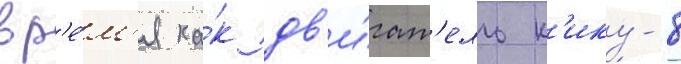
вр'е́м'я ка́к дв'и́гат'ель к'ику-8